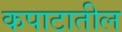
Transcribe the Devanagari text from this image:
कपाटातील